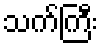
သက်ကြီး